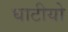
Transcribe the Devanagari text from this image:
घाटीयो